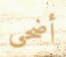
أضحى